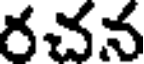
రచన